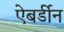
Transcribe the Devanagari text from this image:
ऐबर्डीन